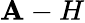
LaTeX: \mathbf{A}-H